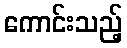
ကောင်းသည့်